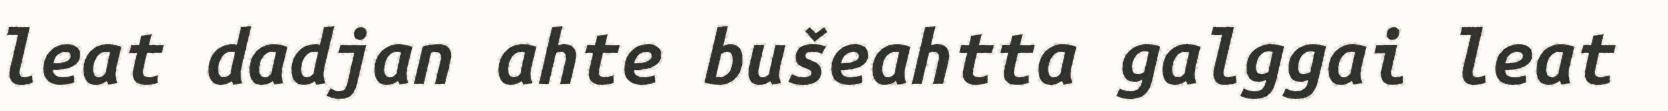
leat dadjan ahte bušeahtta galggai leat